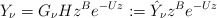
\begin{align*} Y_{\nu}=G_{\nu}Hz^{B}e^{-Uz}:=\hat{Y}_{\nu}z^{B}e^{-Uz}\end{align*}